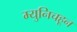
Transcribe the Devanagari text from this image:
म्युनिचहून